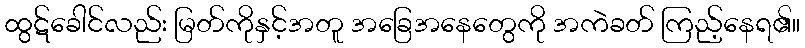
ထွဋ်ခေါင်လည်း မြတ်ကိုနှင့်အတူ အခြေအနေတွေကို အကဲခတ် ကြည့်နေရ၏။